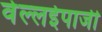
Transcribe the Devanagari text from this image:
वेल्लईपाजी